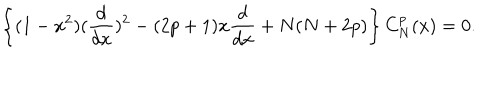
LaTeX: \left\{ ( 1 - x ^ { 2 } ) ( { \frac { d } { d x } } ) ^ { 2 } - ( 2 p + 1 ) x { \frac { d } { d x } } + N ( N + 2 p ) \right\} C _ { N } ^ { p } ( x ) = 0 .